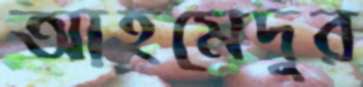
আহমেদুর